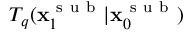
T _ { q } ( \mathbf { x } _ { 1 } ^ { \mathrm { ~ s ~ u ~ b ~ } } | \mathbf { x } _ { 0 } ^ { \mathrm { ~ s ~ u ~ b ~ } } )